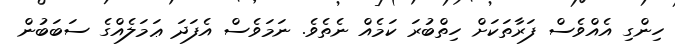
ހިންގި އެއްވެސް ފަރާތަކަށް ހިތްބުރަ ކަމެއް ނެތެވެ. ނަމަވެސް އެފަދަ ޢަމަލެއްގެ ސަބަބުން